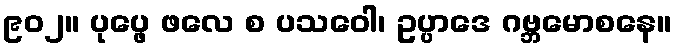
၉၀၂။ ပုပ္ဖေ ဖလေ စ ပသဝေါ၊ ဥပ္ပာဒေ ဂဗ္ဘမောစနေ။